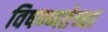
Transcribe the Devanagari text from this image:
विषण्णतेच्या